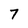
Character: 7